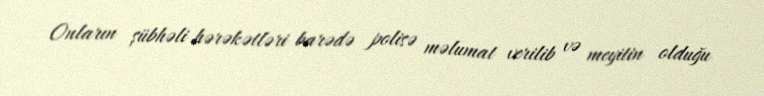
Onların şübhəli hərəkətləri barədə polisə məlumat verilib və meyitin olduğu